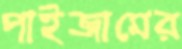
পাইজামের